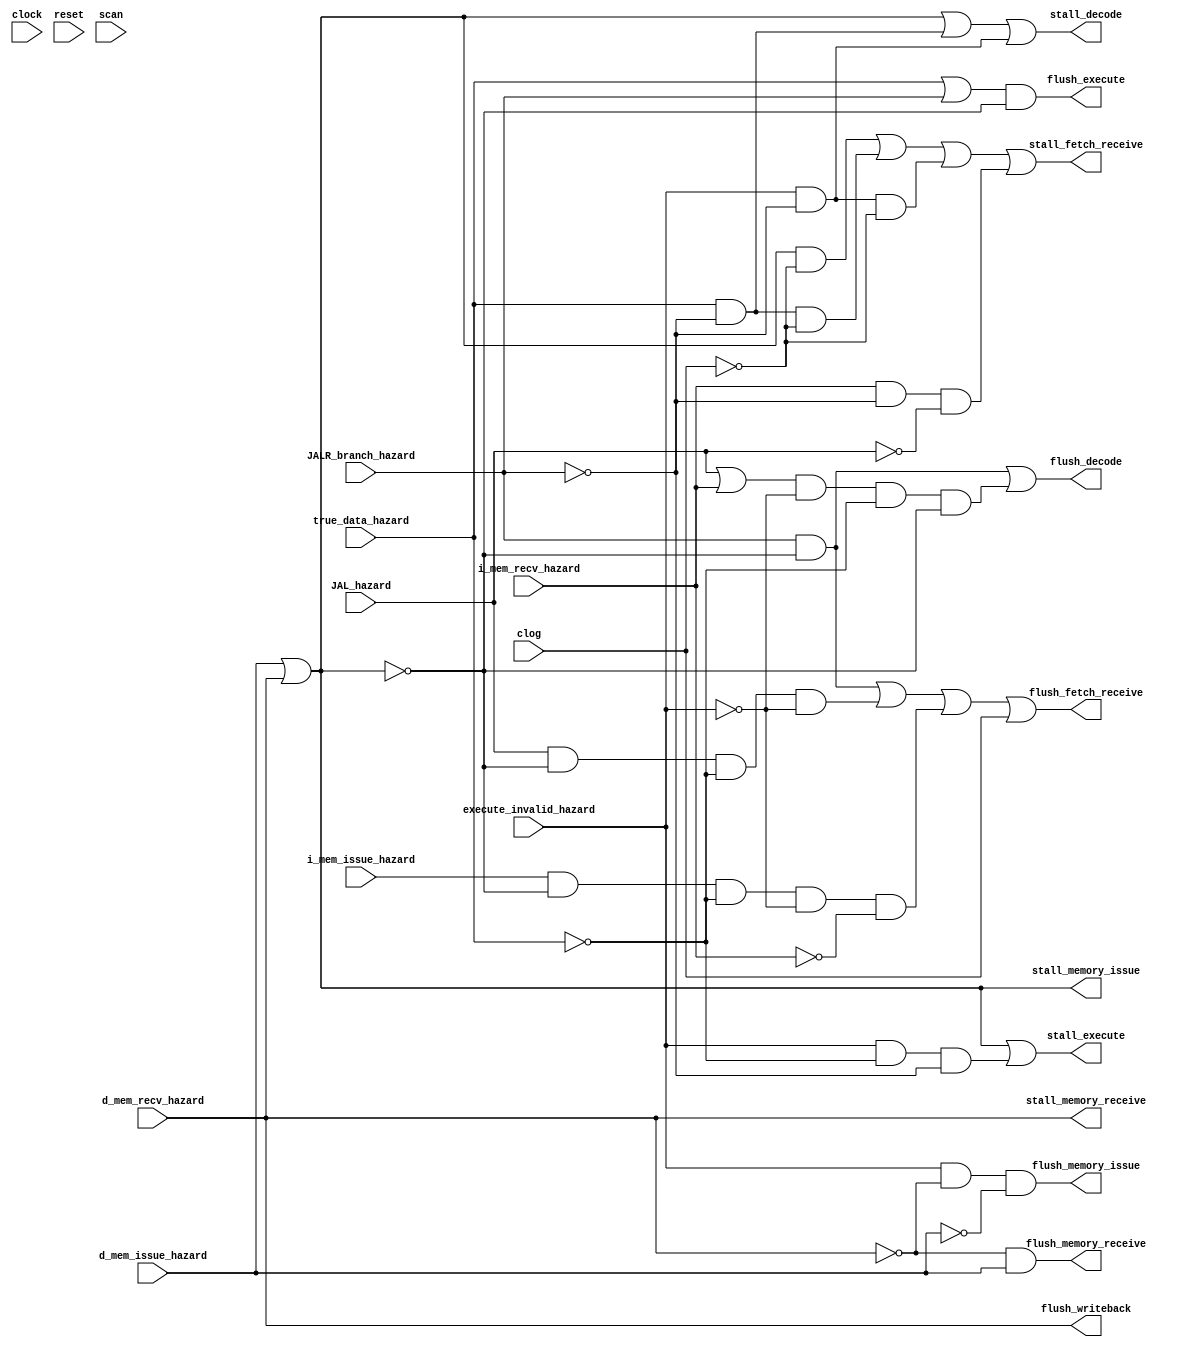
/** @module : seven_stage_stall_unit
 *  @author : Secure, Trusted, and Assured Microelectronics (STAM) Center

 *  Copyright (c) 2022 Trireme (STAM/SCAI/ASU)
 *  Permission is hereby granted, free of charge, to any person obtaining a copy
 *  of this software and associated documentation files (the "Software"), to deal
 *  in the Software without restriction, including without limitation the rights
 *  to use, copy, modify, merge, publish, distribute, sublicense, and/or sell
 *  copies of the Software, and to permit persons to whom the Software is
 *  furnished to do so, subject to the following conditions:
 *  The above copyright notice and this permission notice shall be included in
 *  all copies or substantial portions of the Software.

 *  THE SOFTWARE IS PROVIDED "AS IS", WITHOUT WARRANTY OF ANY KIND, EXPRESS OR
 *  IMPLIED, INCLUDING BUT NOT LIMITED TO THE WARRANTIES OF MERCHANTABILITY,
 *  FITNESS FOR A PARTICULAR PURPOSE AND NONINFRINGEMENT. IN NO EVENT SHALL THE
 *  AUTHORS OR COPYRIGHT HOLDERS BE LIABLE FOR ANY CLAIM, DAMAGES OR OTHER
 *  LIABILITY, WHETHER IN AN ACTION OF CONTRACT, TORT OR OTHERWISE, ARISING FROM,
 *  OUT OF OR IN CONNECTION WITH THE SOFTWARE OR THE USE OR OTHER DEALINGS IN
 *  THE SOFTWARE.
 */

module seven_stage_stall_unit #(
  parameter CORE            = 0,
  parameter SCAN_CYCLES_MIN = 0,
  parameter SCAN_CYCLES_MAX = 1000
) (
  input clock,
  input reset,
  input true_data_hazard,
  input execute_invalid_hazard,
  input d_mem_issue_hazard,
  input d_mem_recv_hazard,
  input i_mem_issue_hazard,
  input i_mem_recv_hazard,
  input JALR_branch_hazard,
  input JAL_hazard,

  input clog,

  output stall_fetch_receive,
  output stall_decode,
  output stall_execute,
  output stall_memory_issue,
  output stall_memory_receive,

  output flush_fetch_receive,
  output flush_decode,
  output flush_execute,
  output flush_memory_issue,
  output flush_memory_receive,
  output flush_writeback,

  input scan

);

wire d_mem_hazard;
wire i_mem_hazard;

// OR together different data memory hazards
assign d_mem_hazard = d_mem_issue_hazard | d_mem_recv_hazard;
// OR together different instruction memory hazards
assign i_mem_hazard = i_mem_issue_hazard | i_mem_recv_hazard;

/*******************************************************************************
 * Stall and Flush Priorities
 *
 * Hazards with higher priorities will have their associated operation
 * (stall or flush) output, overriding lower priority conditions. Only
 * fetch receive, decode and execute stages have both stall and flush
 * operations.
 *
 * Fetch Receive Pipe Priorities
 *
 * -- higher priority
 * #1 D-Memory Hazards    (Stall)
 * #2 Branch/JALR Hazards (Flush)
 * #3 True Data Hazards   (Stall)
 * #4 Execute Invalid     (Stall)
 * #4 JAL Hazards         (Flush)
 * #5 Solo Instr Hazards  (Flush) (implemented in Priv module for now)
 * #6 I-Memory Hazards    (Stall)
 * -- lower priority
 *
 * Decode Pipe Priorities
 *
 * -- higher priority
 * #1 D-Memory Hazards    (Stall)
 * #2 Branch/JALR Hazards (Flush)
 * #3 True Data Hazards   (Stall)
 * #4 Execute Invalid     (Stall)
 * #5 JAL Hazards         (Flush)
 * #6 Solo Instr Hazards  (Flush) (implemented in Priv module for now)
 * #7 I-Memory Hazards    (Flush)
 * -- lower priority
 *
 * Execute Pipe Priorities
 *
 * -- higher priority
 * #1 D-Memory Hazards    (Stall)
 * #2 True Data Hazards   (Flush)
 * #3 Branch/JALR Hazards (Flush)
 * #4 Execute Invalid     (Stall)
 * -- lower priority
 *
 * Note that the clog signal indicates that the instruction memory has
 * returned data that was not registered because of a pipeline stall in the
 * decode stage. In the event of a pipeline clog, the PC that was missed is sent
 * back to the PC register to issue the missed memory request again. When the
 * PC is sent back to the PC register, the Fetch Receive pipe must be flushed
 * to prevent the missed instruction from entering the pipeline twice.
 *
 ******************************************************************************/


assign stall_fetch_receive  = (d_mem_hazard & ~clog)                           |
                             (true_data_hazard & ~JALR_branch_hazard & ~clog)  |
                             (execute_invalid_hazard & ~JALR_branch_hazard & ~clog)  |
                             ( i_mem_recv_hazard & ~JALR_branch_hazard & ~JAL_hazard); // TODO add solo signal here. Should be ok without it though. Pipeline registers prioritize flushes over stalls
assign stall_decode         = d_mem_hazard |
                              (true_data_hazard & ~JALR_branch_hazard) |
                              (execute_invalid_hazard & ~JALR_branch_hazard);

assign stall_execute        = d_mem_hazard |
                              (execute_invalid_hazard & ~true_data_hazard & ~JALR_branch_hazard);

assign stall_memory_issue   = d_mem_hazard;
assign stall_memory_receive = d_mem_recv_hazard;


assign flush_fetch_receive = (JALR_branch_hazard & ~d_mem_hazard) |
                             (JAL_hazard & ~d_mem_hazard & ~true_data_hazard & ~execute_invalid_hazard) |
                             /*( i_mem_issue_hazard & ~JALR_branch_hazard & ~JAL_hazard) | */ // This line looks like a mistake. it checks higer priority flush signals instead of stall signals
                             ( i_mem_issue_hazard & ~d_mem_hazard & ~true_data_hazard & ~execute_invalid_hazard & ~i_mem_recv_hazard) |
                             clog;

assign flush_decode = (JALR_branch_hazard & ~d_mem_hazard) |
                      ((JAL_hazard | i_mem_recv_hazard) & ~execute_invalid_hazard & ~true_data_hazard & ~d_mem_hazard);

assign flush_execute = (true_data_hazard | JALR_branch_hazard)  & ~d_mem_hazard;

assign flush_memory_issue   = execute_invalid_hazard & ~d_mem_recv_hazard & ~d_mem_issue_hazard;
assign flush_memory_receive = ~d_mem_recv_hazard & d_mem_issue_hazard;

assign flush_writeback = d_mem_recv_hazard;

reg [31: 0] cycles;
always @ (posedge clock) begin
  cycles <= reset? 0 : cycles + 1;
  if (scan  & ((cycles >= SCAN_CYCLES_MIN) & (cycles <= SCAN_CYCLES_MAX)) )begin
    $display ("------ Core %d Seven Stage Stall Unit - Current Cycle %d ------", CORE, cycles);
    $display ("| Stall Fetch Rec  [%b]", stall_fetch_receive);
    $display ("| Stall Decode     [%b]", stall_decode);
    $display ("| Stall Execute    [%b]", stall_execute);
    $display ("| Stall Memory Iss [%b]", stall_memory_issue);
    $display ("| Stall Memory Rec [%b]", stall_memory_receive);
    $display ("| Flush Fetch Rec  [%b]", flush_fetch_receive);
    $display ("| Flush Decode     [%b]", flush_decode);
    $display ("| Flush Execute    [%b]", flush_execute);
    $display ("| Flush Memory Rec [%b]", flush_memory_receive);
    $display ("| Flush Write Back [%b]", flush_writeback);
    $display ("| Clog             [%b]", clog);
    $display ("----------------------------------------------------------------------");
  end
end

endmodule